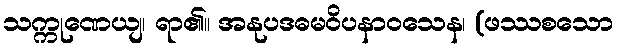
သက္ကုဏေယျ၊ ရာ၏။ အနုပဒဓမဝိပနာဝသေန၊ (ဖဿစသော